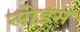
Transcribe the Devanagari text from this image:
लोड्स